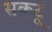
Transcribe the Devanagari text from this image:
सकटू